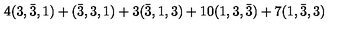
4 ( 3 , \bar { 3 } , 1 ) + ( \bar { 3 } , 3 , 1 ) + 3 ( \bar { 3 } , 1 , 3 ) + 1 0 ( 1 , 3 , \bar { 3 } ) + 7 ( 1 , \bar { 3 } , 3 )